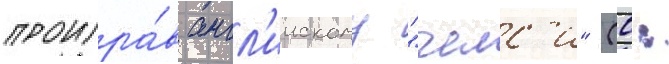
проигра́в англ'иискому "челс'и" (0: